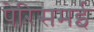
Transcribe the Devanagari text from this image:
पेरिसमई